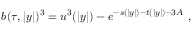
b ( \tau , | y | ) ^ { 3 } = u ^ { 3 } ( | y | ) - e ^ { - s ( | y | ) - t ( | y | ) - 3 A } ~ ,